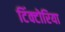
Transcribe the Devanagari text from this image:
टिंक्टोरिया